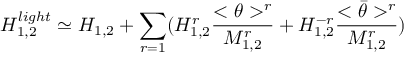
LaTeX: H _ { 1 , 2 } ^ { l i g h t } \simeq H _ { 1 , 2 } + \sum _ { r = 1 } ( H _ { 1 , 2 } ^ { r } \frac { < \theta > ^ { r } } { M _ { 1 , 2 } ^ { r } } + H _ { 1 , 2 } ^ { - r } \frac { < \bar { \theta } > ^ { r } } { M _ { 1 , 2 } ^ { r } } )